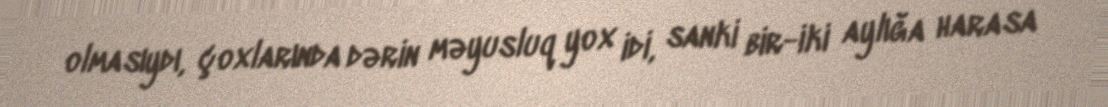
olmasıydı, çoxlarında dərin məyusluq yox idi, sanki bir-iki aylığa harasa